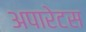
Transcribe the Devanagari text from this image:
अपारेटस